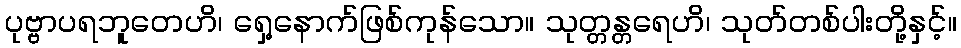
ပုဗ္ဗာပရဘူတေဟိ၊ ရှေ့နောက်ဖြစ်ကုန်သော။ သုတ္တန္တရေဟိ၊ သုတ်တစ်ပါးတို့နှင့်။